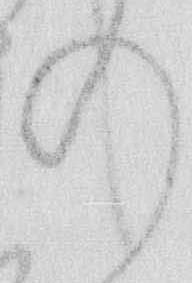
の